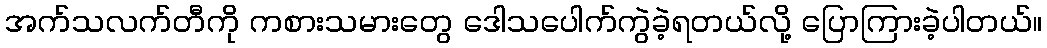
အက်သလက်တီကို ကစားသမားတွေ ဒေါသပေါက်ကွဲခဲ့ရတယ်လို့ ပြောကြားခဲ့ပါတယ်။